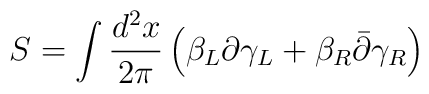
S=\int {d^2x\over 2\pi}\left(\beta_L\partial\gamma_L+\beta_R\bar{\partial}\gamma_R\right)